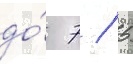
до́ 7 / 5